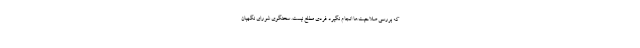
که بررسی صلاحیت‌ها انجام نگیرد فردی مطلع نیست. سخنگوی شورای نگهبان